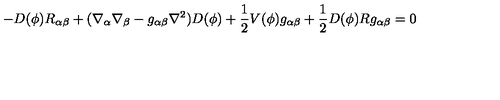
- D ( \phi ) R _ { \alpha \beta } + ( \nabla _ { \alpha } \nabla _ { \beta } - g _ { \alpha \beta } \nabla ^ { 2 } ) D ( \phi ) + \frac { 1 } { 2 } V ( \phi ) g _ { \alpha \beta } + \frac { 1 } { 2 } D ( \phi ) R g _ { \alpha \beta } = 0